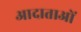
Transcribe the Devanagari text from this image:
आदाताओं